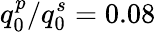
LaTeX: q_{0}^{p}/q_{0}^{s}=0.08